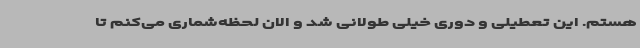
هستم. این تعطیلی و دوری خیلی طولانی شد و الان لحظه‌شماری می‌کنم تا